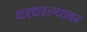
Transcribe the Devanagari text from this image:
थरथरल्यावर